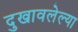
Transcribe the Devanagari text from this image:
दुखावलेल्या